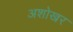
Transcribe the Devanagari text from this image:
अशोखर